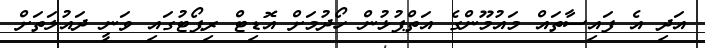
އަދި އެ ފައިސާތައް މައުމޫންގެ އަތްޕުޅުން ހޯދުމަށް އޮޑިޓް ރިޕޯޓުގައި ވަނީ ދައުލަތަށް